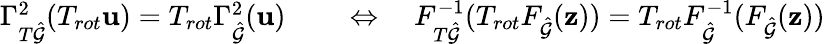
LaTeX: \begin{array}{rl}{\Gamma_{T\hat{\mathcal{G}}}^{2}(T_{rot}\mathbf{u})=T_{rot}\Gamma_{\hat{\mathcal{G}}}^{2}(\mathbf{u})}&{{}\quad\Leftrightarrow\quad F_{T\hat{\mathcal{G}}}^{-1}(T_{rot}F_{\hat{\mathcal{G}}}(\mathbf{z}))=T_{rot}F_{\hat{\mathcal{G}}}^{-1}(F_{\hat{\mathcal{G}}}(\mathbf{z}))}\end{array}